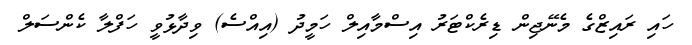
ހައި ރައިޒްގެ މެނޭޖިން ޑިރެކްޓަރު އިސްމާއިލް ހަމީދު (އިއްސެ) ވިދާޅުވީ ހަފްލާ ކެންސަލް